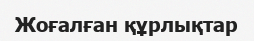
Жоғалған құрлықтар